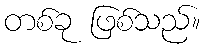
တစ်ခု ဖြစ်သည်။